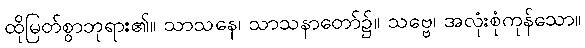
ထိုမြတ်စွာဘုရား၏။ သာသနေ၊ သာသနာတော်၌။ သဗ္ဗေ၊ အလုံးစုံကုန်သော။